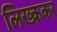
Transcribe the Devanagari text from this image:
लिख्ककर